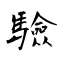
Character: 驗